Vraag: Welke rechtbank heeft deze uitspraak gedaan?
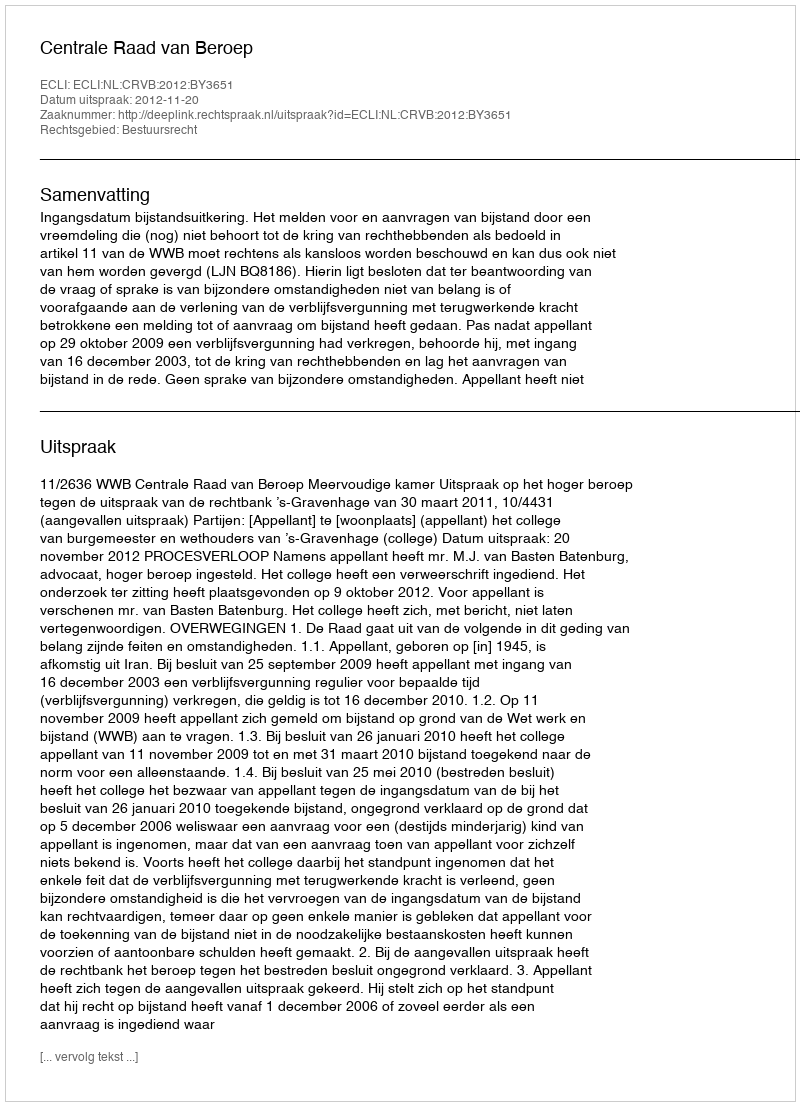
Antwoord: Centrale Raad van Beroep